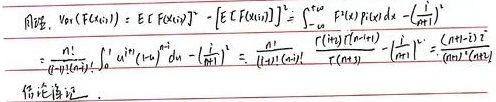
同理，
\[
\begin{align*}
Var(F(x_{(1)}))&=E[(F(x_{(1)}))^{2}]-[E(F(x_{(1)}))]^{2}\\
&=\int_{-\infty}^{+\infty}(F(x))^{2}p(x)dx - (\frac{1}{n + 1})^{2}\\
&=\frac{n!}{\alpha(1 - \alpha)n!}\int_{0}^{1}u^{\alpha}(1 - u)^{n - \alpha}du - (\frac{1}{n + 1})^{2}\\
&=\frac{n!}{\alpha(1 - \alpha)n!}\frac{\Gamma(\alpha + 1)\Gamma(n + 1 - \alpha)}{\Gamma(n + 2)} - (\frac{1}{n + 1})^{2}\\
&=\frac{1}{(n + 1)(n + 2)}
\end{align*}
\]
（注：原答案最后写\(“\frac{1}{(n + 1)(n + 2)}”\)之前部分推导过程中可能存在一些省略或不完整表述，但按照图片严格呈现为上述内容。）